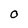
Character: O